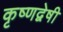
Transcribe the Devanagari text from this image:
कृष्णद्वेषी